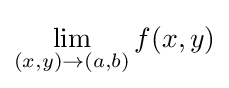
\lim _{(x,y)\to (a,b)}f(x,y)